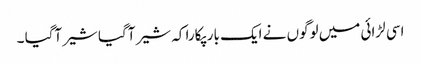
اسی لڑائی میں لوگوں نے ایک بار پکارا کہ شیر آگیا شیر آگیا ۔